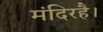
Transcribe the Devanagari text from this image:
मंदिरहै।